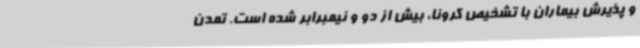
و پذیرش بیماران با تشخیص کرونا، بیش از دو و نیمبرابر شده است. تمدن